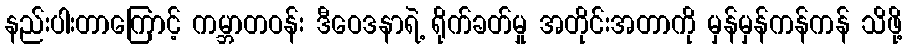
နည်းပါးတာကြောင့် ကမ္ဘာတဝန်း ဒီဝေဒနာရဲ့ ရိုက်ခတ်မှု အတိုင်းအတာကို မှန်မှန်ကန်ကန် သိဖို့